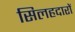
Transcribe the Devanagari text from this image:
सिलहदारों